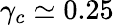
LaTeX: \gamma_{c}\simeq 0.25